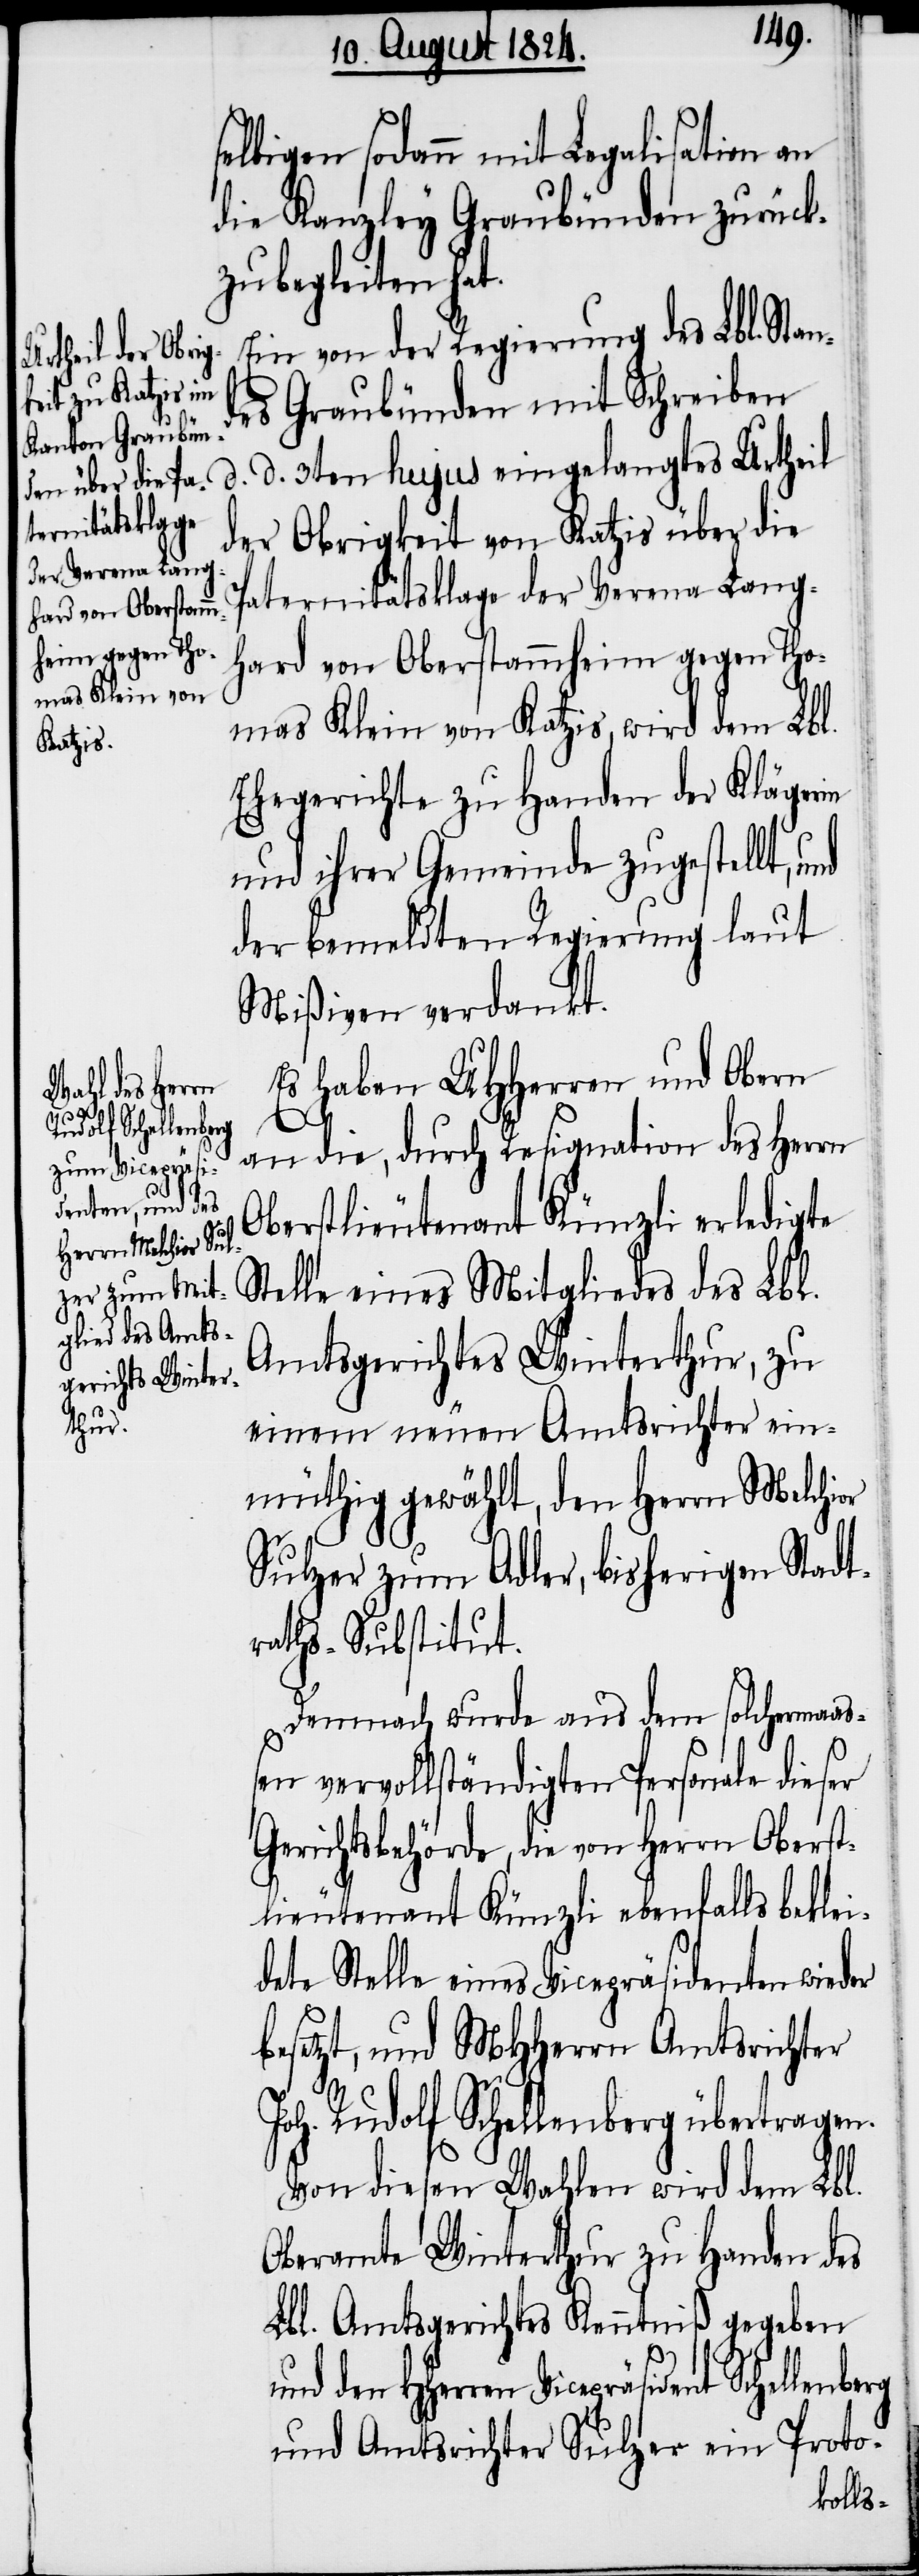
selbigen sodann mit Legalisation an
die Kanzley Graubünden zurück¬
zubegleiten hat.
Ein von der Regierung des Lbl. Stan¬
des Graubünden mit Schreiben
der Obrigkeit von Katzis über die
Paternitätsklage der Verena Lang¬
hard von Oberstammheim gegen Tho¬
mas Klein von Katzis, wird dem Lbl.
Ehegerichte zu Handen der Klägerin
und ihrer Gemeinde zugestellt, und
der bemeldten Regierung laut
Mißiven verdankt.
Es haben UHHerren und Obern
d. d. 3ten
sident Schellenberg
an die, durch Resignation des Herrn
Oberstlieutenant Künzli erledigte
Stelle eines Mitgliedes des Lbl.
Amtsgerichtes Winterthur, zu
einem neuen Amtsrichter ein¬
müthig gewählt, den Herrn Melchior
Sulzer zum Adler, bisherigen Stadt¬
raths-Substitut.
Demnach wurde aus dem solchermaaß¬
en vervollständigten Personale dieser
Gerichtsbehörde, die von Herrn Oberst¬
lieutenant Künzli ebenfalls beklei¬
dete Stelle eines Vicepräsidenten wieder
besetzt, und MHHerrn Amtsrichter
Joh. Rudolf Schellenberg übertragen.
Von diesen Wahlen wird dem Lbl.
Oberamte Winterthur zu Handen des
Lbl. Amtsgerichtes Kenntniß gegeben
und den HHerren Viceprä¬
und Amtsrichter Sulzer ein Proto-